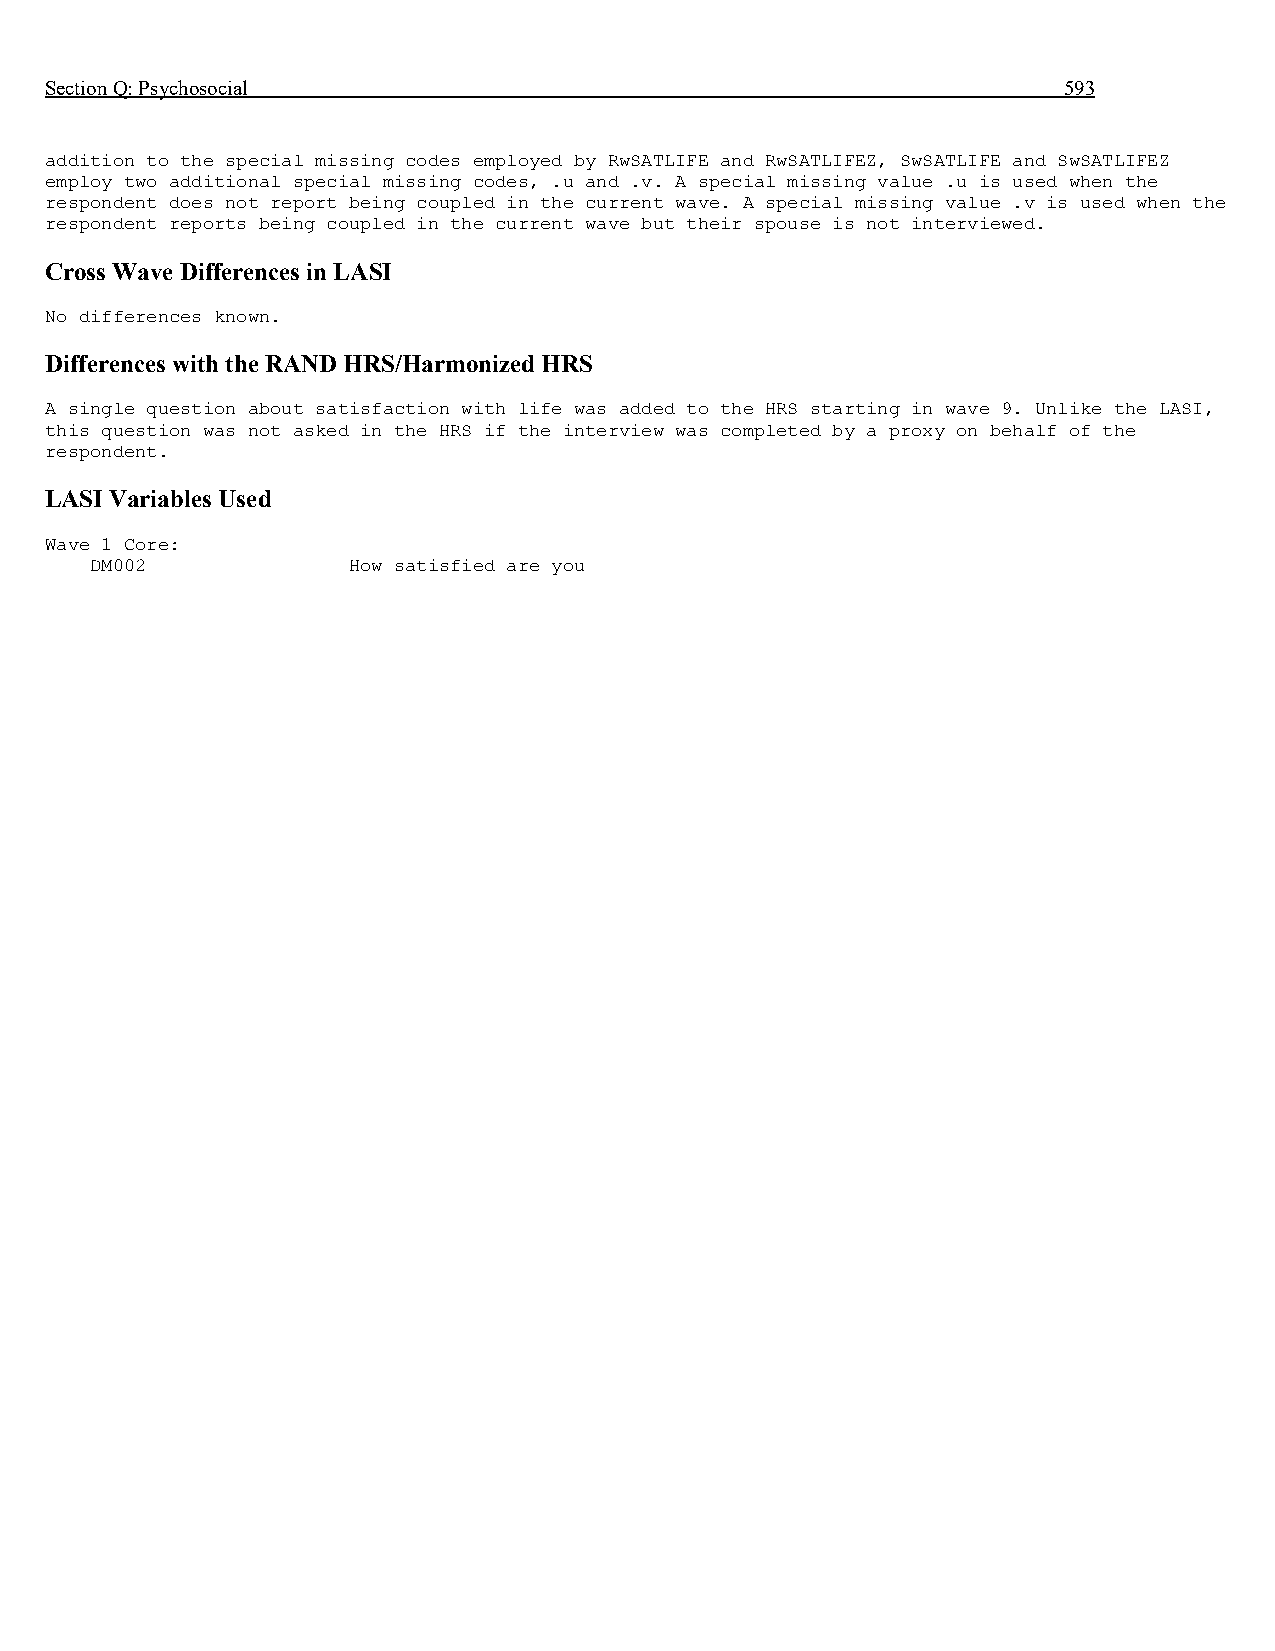
Section Q: Psychosocial                                            593
 addition to the special missing codes employed by RwSATLIFE and RwSATLIFEZ, SwSATLIFE and SwSATLIFEZ
 employ two additional special missing codes, .u and .v. A special missing value .u is used when the
 respondent does not report being coupled in the current wave. A special missing value .v is used when the
 respondent reports being coupled in the current wave but their spouse is not interviewed.
 Cross Wave Differences in LASI
 No differences known.
 Differences with the RAND HRS/Harmonized HRS
 A single question about satisfaction with life was added to the HRS starting in wave 9. Unlike the LASI,
 this question was not asked in the HRS if the interview was completed by a proxy on behalf of the
 respondent.
 LASI Variables Used
 Wave 1 Core:
 DM002            How satisfied are you